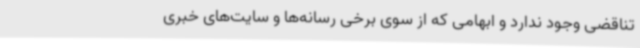
تناقضی وجود ندارد و ابهامی که از سوی برخی رسانه‌ها و سایت‌های خبری